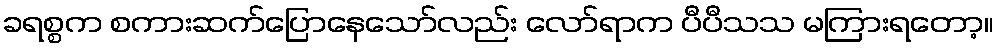
ခရစ္စက စကားဆက်ပြောနေသော်လည်း လော်ရာက ပီပီသသ မကြားရတော့။